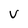
Character: v